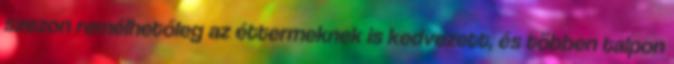
szezon remélhetőleg az éttermeknek is kedvezett, és többen talpon